Tezpur Lunatic Asylum reports 1895-1904 - 1895-1904
Year: 1895
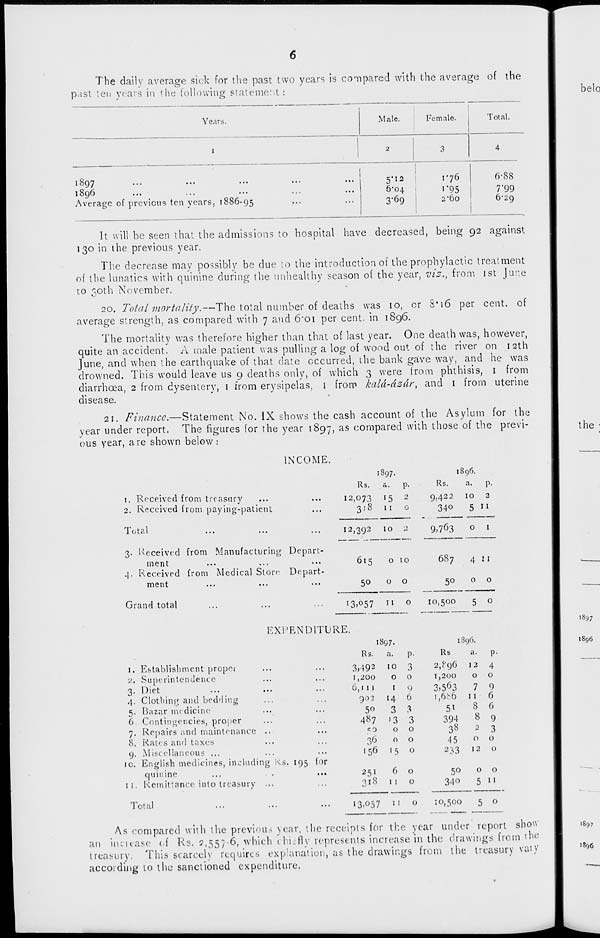
The daily average sick for the past two years is compared with the average of the
past ten years in the following statement:
Years.
Male.
Female.
Total.
' /
***
* * *
*' *
1896
Average of previous ten years, 1886-95
5-12
6*04
3-69
1-76
1'95
2'00
6-88
7'99
6-29
It will be seen that the admissions to hospital have decreased, being 92 against
130 in the previous year.
The decrease may possibly be due to the introduction of the prophylactic treatment
of the lunatics with quinine during the. unhealthy season of the year, vis,, from 1st Jure
to 30th November.
20. Total mortality.—The total number of deaths was 10, or 8* 16 per cent, of
average strength, as compared with 7 and 6'oi per cent, in 1896.
The mortality was therefore higher than that of last year. One death was, however,
quite an accident. A male patient was pulling a log of wood out of the river on 12th
June, and when the earthquake of that date occurred, the bank gave way, and he was
drowned. This would leave us 9 deaths only, of which 3 were from phthisis, 1 from
diarrhoea, 2 from dysentery, 1 from erysipelas, 1 from kald-dsdr, and 1 from uterine
disease.
21. Finance.—Statement No. IX shows the cash account of the Asylum for the
year under report. The figures for the year 1897, as compared with those of the previ-
ous year, are shown below :
INCOME.
1. Received from treasury
2. Received from paying-patient
Total
3. deceived from Manufacturing Depart-
ment
4. Received from Medical Store Depart-
ment
Grand total
1897.
Rs.
a.
p.
12,073 15 2
3:8 11 o
12,392 10 2
1896.
Rs.
a.
p.
9,422 10 2
340
5 11
9,763
o
6<5
50
o 10
o o
6S7
50
4 H
o o
13,057 11 o
10,500
o
EXPENDITURE.
1. Establishment propei
2. Superintendence
4. Clothing and bedding
5. Bazar medicine
6. Contingencies, proper
7. Repairs and maintenance ...
8. Rates and taxes
9. Miscellaneous ...
ic. English medicines, including Ks. 195 for
quinine
...
.
...
11. Remittance into treasury ...
1 OlRJ
1 • •
• • •
• •»
3)492
1,200
6,1 11
902
50
487
e.0
36
251
318
1897.
a.
10
o
I
14
3
'3
o
o
1S96.
6
1 1
o
9
6
3
3
o
o
o
o
o
Rs
2,^96
1,200
3,5 6 3
1,686
5i
394
38
45
2 33
P-
4
o
9
6
6
9
2 3
o o
12 o
a.
I 2
O
7
II
8
8
50
o o
34°
5 H
13,057 11 o
10,500
o
As compared with the previous year, the receipts for the year under report show
an increase of Rs. 2,557-6, which chi fly represents increase in the drawings from the
treasury. This scarcely requires explanation, as the drawings from the treasury van'
according to the sanctioned expenditure.